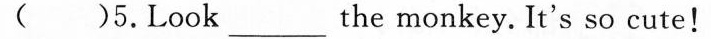
( )5.Look ___ the monkey.It's so cute!